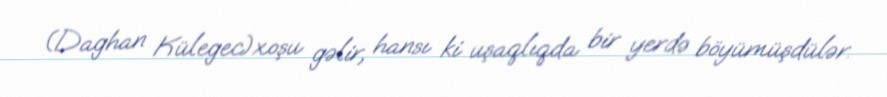
(Daghan Külegec)xoşu gəlir, hansı ki uşaqlıqda bir yerdə böyümüşdülər.